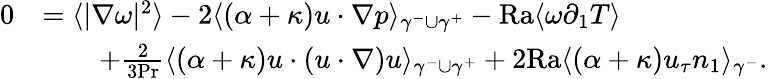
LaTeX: \begin{array}{rl}{0}&{=\langle|\nabla\omega|^{2}\rangle-2\langle(\alpha+\kappa)u\cdot\nabla p\rangle_{\gamma^{-}\cup\gamma^{+}}-\mathrm{{Ra}}\langle\omega\partial_{1}T\rangle}\\ &{\qquad+\frac{2}{3\mathrm{Pr}}\langle(\alpha+\kappa)u\cdot(u\cdot\nabla)u\rangle_{\gamma^{-}\cup\gamma^{+}}+2\mathrm{{Ra}}\langle(\alpha+\kappa)u_{\tau}n_{1}\rangle_{\gamma^{-}}.}\end{array}